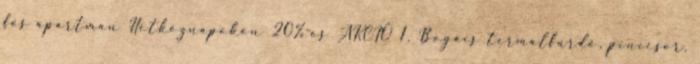
fős apartman Hétköznapokon 20%-os AKCIÓ 1. Bogács termálfürdő, pincesor,